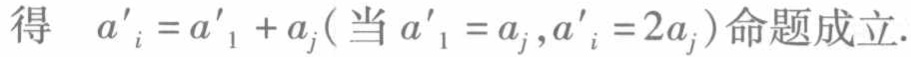
得 \(a'_{i}=a'_{1}+a_{j}(\text{当 }a'_{1}=a_{j},a'_{i}=2a_{j})\)命题成立.